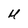
Character: U